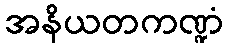
အနိယတကဏ္ဍံ